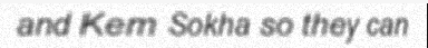
and Kem Sokha so they can